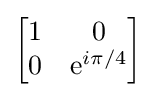
{\begin{bmatrix}1&0\\0&\mathrm {e} ^{i\pi /4}\end{bmatrix}}